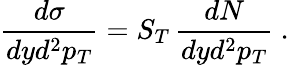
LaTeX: \frac{d\sigma}{dyd^{2}p_{T}}=S_{T}\, \frac{dN}{dyd^{2}p_{T}}\ .